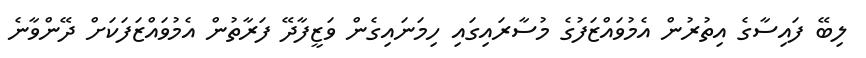
ލިބޭ ފައިސާގެ އިތުރުން އެމުވައްޒަފުގެ މުސާރައިގައި ހިމަނައިގެން ވަޒީފާދޭ ފަރާތުން އެމުވައްޒަފަކަށް ދޭންވާނެ